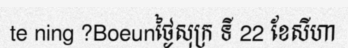
te ning ?Boeunថ្ងៃសុក្រ ទី 22 ខែសីហា